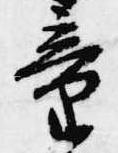
童